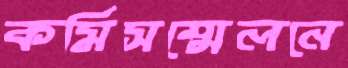
কর্মিসম্মেলনে